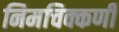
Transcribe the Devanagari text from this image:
निमचिक्कणी